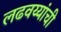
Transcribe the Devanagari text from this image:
लढवय्यांची